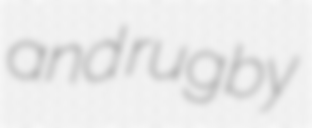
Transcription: and rugby